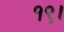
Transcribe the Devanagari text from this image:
१९।